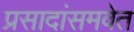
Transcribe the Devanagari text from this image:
प्रसादांसमवेत